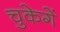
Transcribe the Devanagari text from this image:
चुकेगें